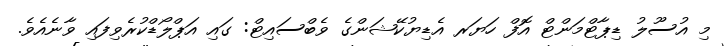
މި އުސޫލު ޑިޕާޓްމަންޓް އޮފް ހަޔަރ އެޑިޔުކޭޝަންގެ ވެބްސައިޓް: ގައި އަޕްލޯޑްކުރެވިފައި ވާނެއެވެ.